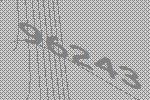
96243